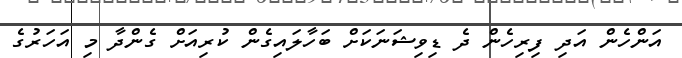
އަންހެން އަދި ފިރިހެން ދެ ޑިވިޝަނަކަށް ބަހާލައިގެން ކުރިއަށް ގެންދާ މި އަހަރުގެ